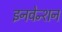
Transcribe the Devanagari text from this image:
इनवेन्शन